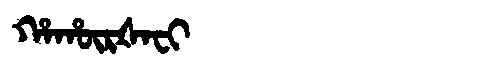
Manchu: ᡥᠠᡥᡡᡵᡧᠠᠸᡳ
Romanization: HAHŪRŠAFI